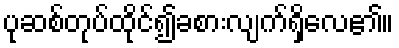
ပုဆစ်တုပ်ထိုင်၍ခစားလျက်ရှိလေ၏။